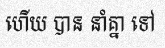
ហើយ បាន នាំគ្នា ទៅ